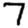
Digit: 7